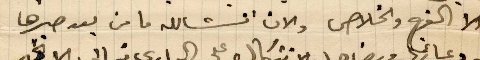
الا الفرج والخلاص والان انشالله ما من بعد صبرها